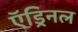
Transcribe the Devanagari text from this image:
ऍड्रिनल